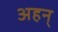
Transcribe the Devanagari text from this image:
अहन्